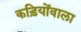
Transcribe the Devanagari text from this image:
कड़ियोंवाला